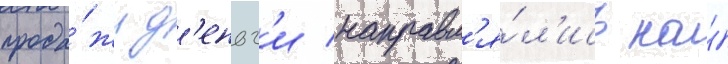
прода́жи д'еньг'и направл'я́л'ись на́